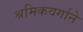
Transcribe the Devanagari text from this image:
श्रमिकवर्गाने